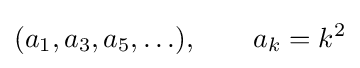
(a_{1},a_{3},a_{5},\ldots ),\qquad a_{k}=k^{2}